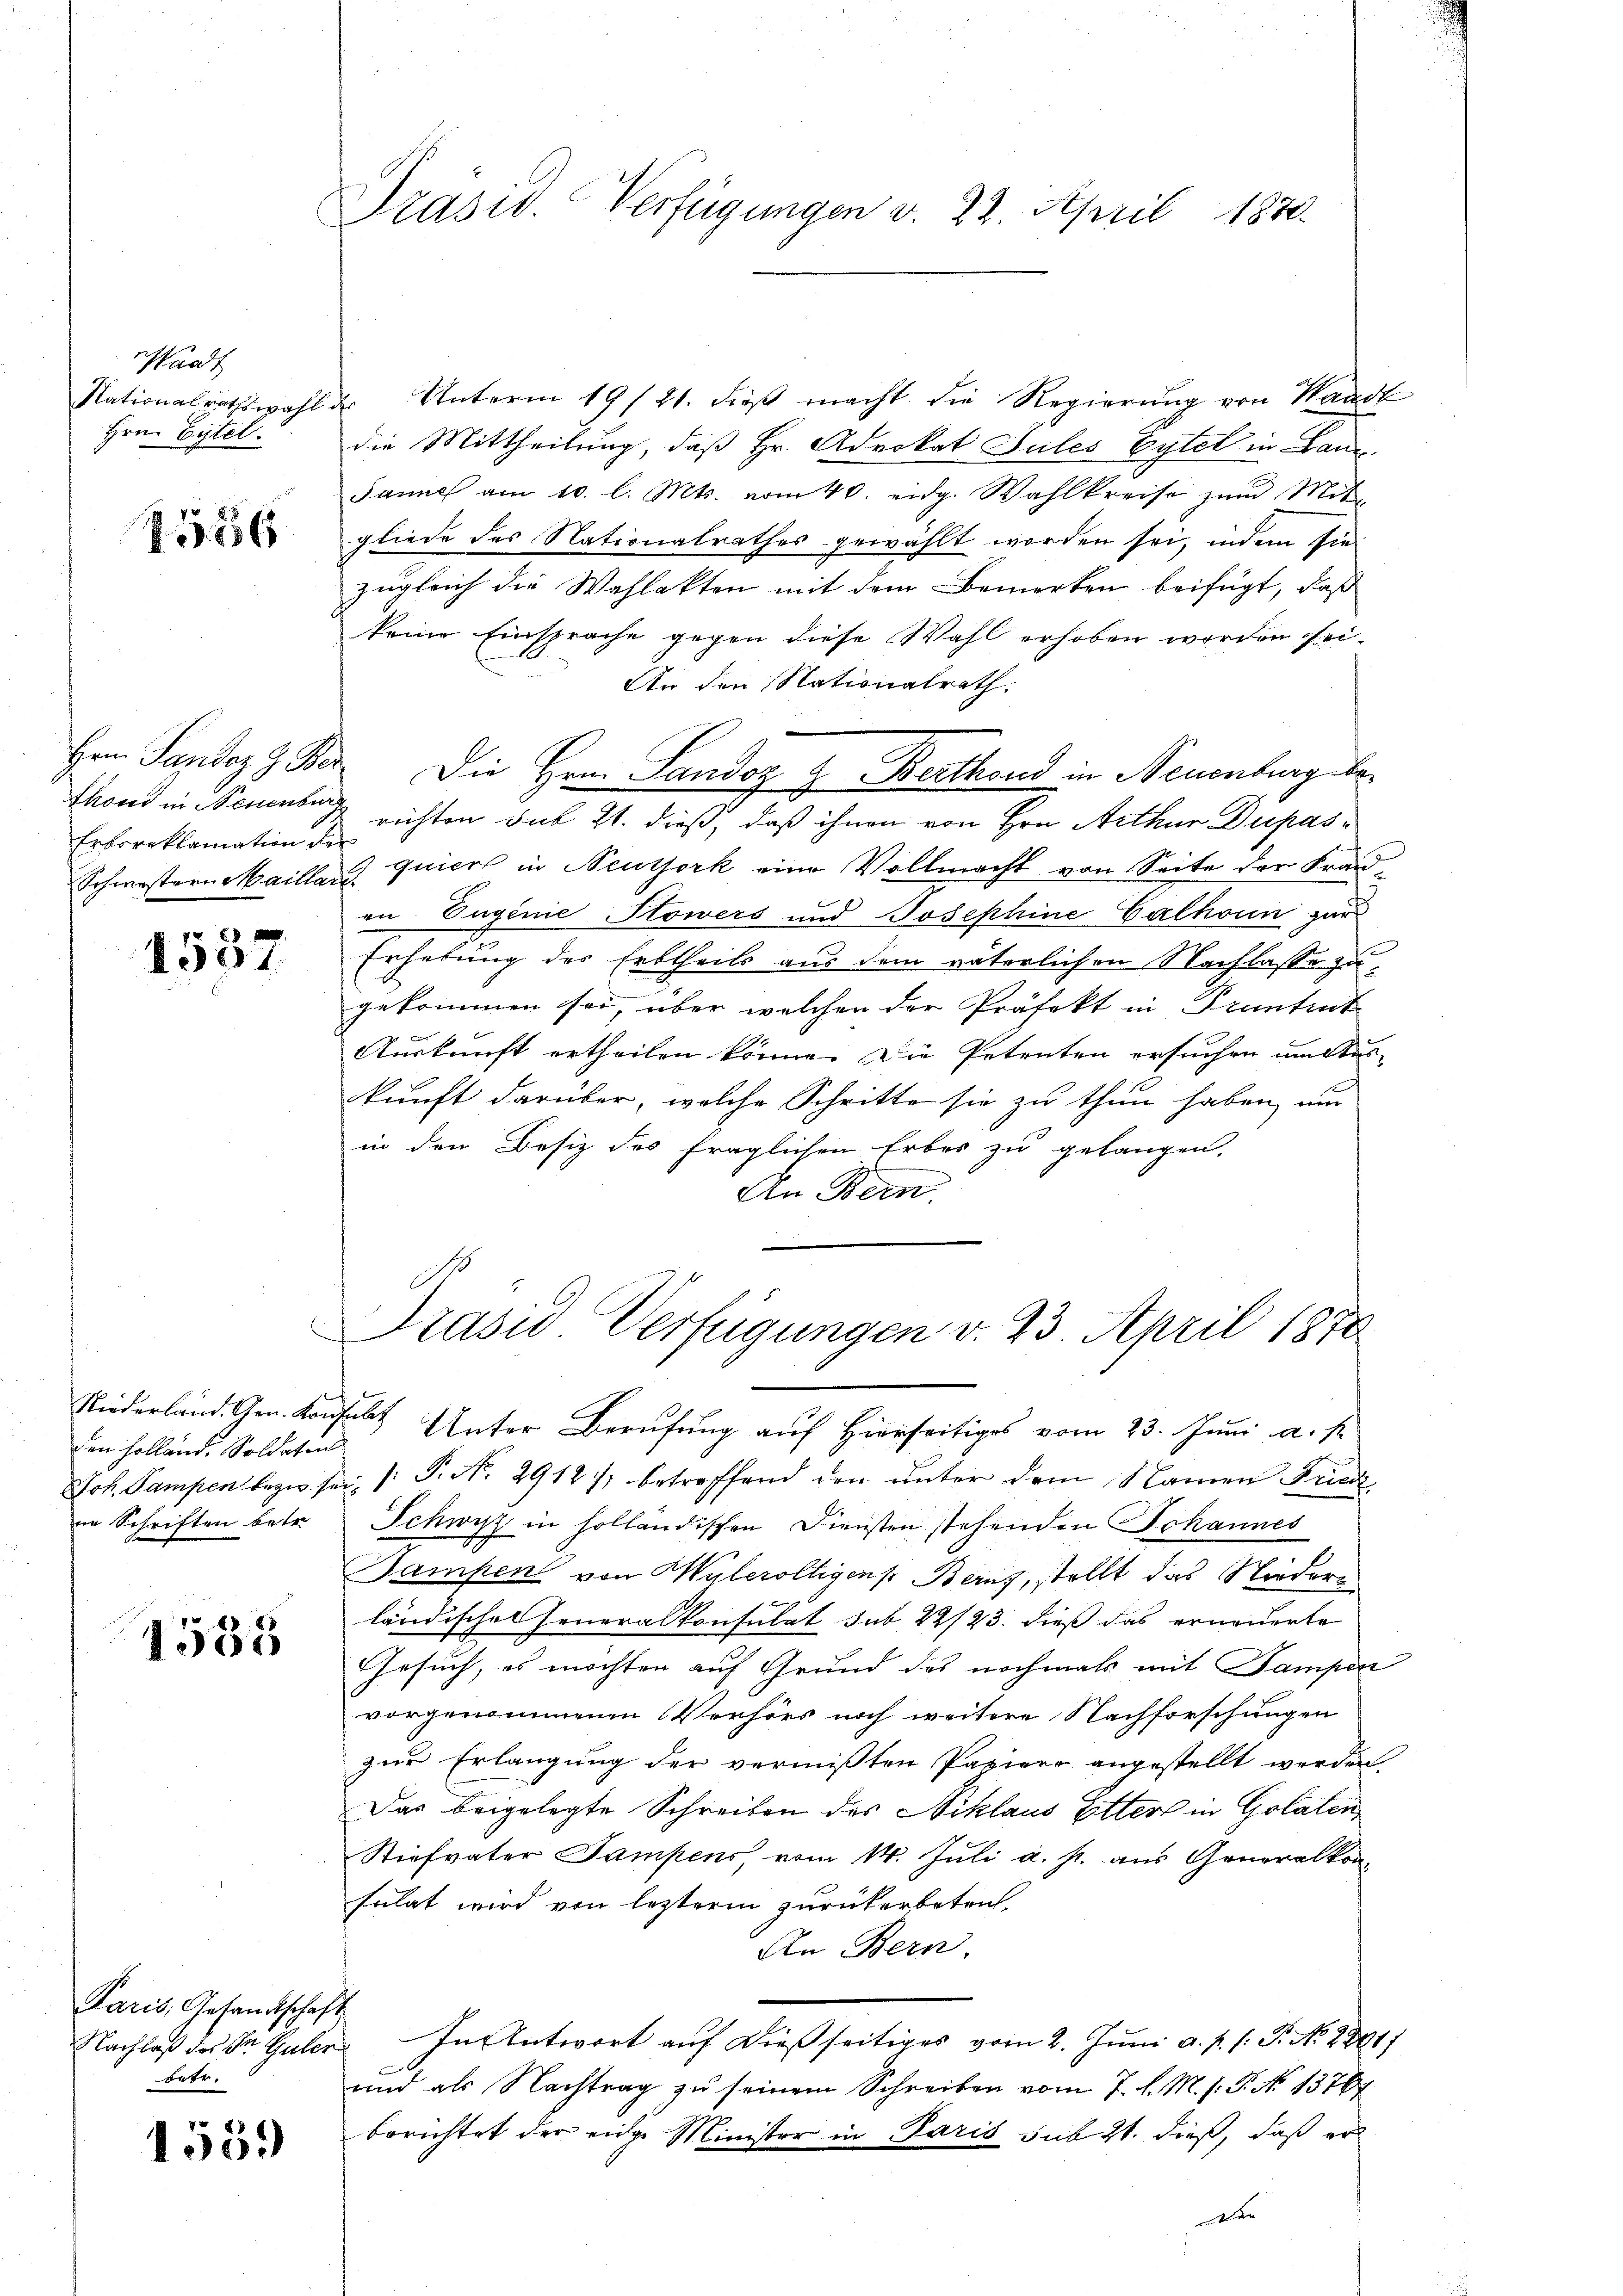
Waadt
Nationalrathswahl
Hrn. Eitel.

1556

Erbsreklamation der

1537

den Holland, Soldaten

1533

Paris, Gesandtschaft
betr.

1559

Präsid. Verfügungen v. 22. April 1880.

der Unterm 19/21. dieß macht die Regierung von Waadt
die Mittheilung, daß Hr. Advokat Jules Eytel in Laus
Jannes am 10. l. Mts. vom 40. eidg. Wahlkreise zum Mita
gliede des Nationalrathes gewählt worden sei, indem sie
zugleich die Wahlakten mit dem Bemerken beifügt, daß
keine Einsprache gegen diese Wahl erhoben worden sei¬
An den Nationalrath:
Hrn Sandoz 9. Der Die Herrn Landoz . Berthend in Neuenburg be¬
Thond in Neuenburg richten sub 21. dieß, daß ihnen von Hrn. Arthur Dupas¬
Schwestern Maillens quiert in Neutjork eine Vollmacht von Seite der Franen Euginie Sowers und Josephine Calhoun zur
Erhebung des Erbtheils aus dem väterlichen Nachlasse zu
gekommen sei, über welchen der Präfekt in Pruntrut
Auskunft ertheilen könne. Die Petenten ersuchen werden,
kunft darüber, welche Schritte sie zu thun haben, um
in den Besiz des fraglichen Erbes zu gelangen,
An Bern,

Präsid. Verfügungen v. 23. April 1870

Niederland. Gen. Konsuls Unter Berufung auf Hierseitiges vom 23. Juni a. p.
Joh. Sampen bezw. sei. (: P. Nr. 2918) betreffend den unter dem Namen Fried
in Schriften betr. Schwyz in holländischen Diensten stehenden Johannes
Gampen von Maleroltigen Berns, stellt das Niederländisches Feueralkonsulat sub 22/23. dieß das erneuerte
Gesuch, es möchten auf Grund des nochmals mit Sampen
vorgenommenen Verhörs noch weitere Nachforschungen
zur Erlangung der vermißten Papiere angestellt werden.
Das beigelegte Schreiben des Niklaus Gitters in Golaten
Stiefvater Sampens vom 14. Juli a. p. aus Generalkonfalat wird von lezterm zurückerbetref¬
An Bern.
Nachlaβ des Dr. Guber. In Antwort auf dießseitiges vom 2. Juni a. p. (: P. No. 2801/
.
und als Nachtrag zu seinem Schreiben vom 7. d. M. h. T. No 13767
berichtet der eine Minister in Paris sub 21. dieß, daß er
Der